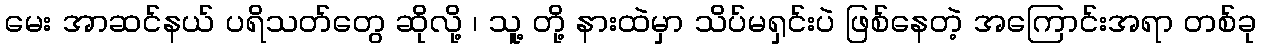
မေး အာဆင်နယ် ပရိသတ်တွေ ဆိုလို့ ၊ သူ့ တို့ နားထဲမှာ သိပ်မရှင်းပဲ ဖြစ်နေတဲ့ အကြောင်းအရာ တစ်ခု